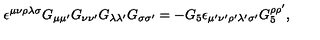
\epsilon ^ { \mu \nu \rho \lambda \sigma } G _ { \mu \mu ^ { \prime } } G _ { \nu \nu ^ { \prime } } G _ { \lambda \lambda ^ { \prime } } G _ { \sigma \sigma ^ { \prime } } = - G _ { 5 } \epsilon _ { \mu ^ { \prime } \nu ^ { \prime } \rho ^ { \prime } \lambda ^ { \prime } \sigma ^ { \prime } } G _ { 5 } ^ { \rho \rho ^ { \prime } } ,